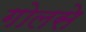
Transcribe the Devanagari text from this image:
गोलसे